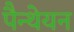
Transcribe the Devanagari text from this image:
पैन्थेयन